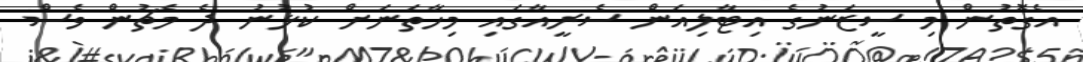
އެގޮތުން މި ސީޒަނުގެ އިޓާލިއަން ސެރީއާގައި މިހާތަނަށް ކުޅުނު ދެ މެޗުން ވެސް